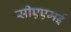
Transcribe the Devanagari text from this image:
सीएएमई